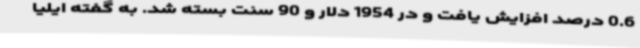
0.6 درصد افزایش یافت و در 1954 دلار و 90 سنت بسته شد. به گفته ایلیا